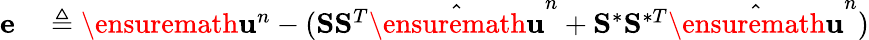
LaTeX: \begin{array}{rl}{\mathbf{e}}&{{}\triangleq\ensuremath{\mathbf{u}}^{n}-(\mathbf{S}\mathbf{S}^{T}\hat{\ensuremath{\mathbf{u}}}^{n}+\mathbf{S}^{\ast}\mathbf{S}^{\ast T}\hat{\ensuremath{\mathbf{u}}}^{n})}\end{array}